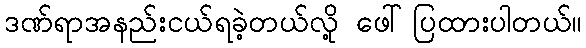
ဒဏ်ရာအနည်းငယ်ရခဲ့တယ်လို့ ဖေါ်ပြထားပါတယ်။